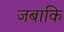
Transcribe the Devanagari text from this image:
जबाकि